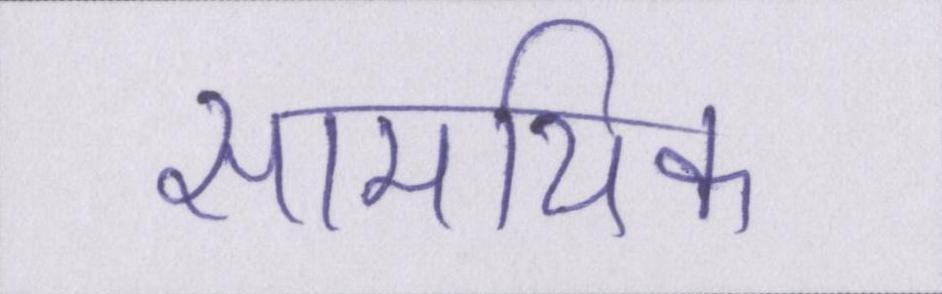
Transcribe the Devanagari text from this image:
सामयिक